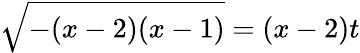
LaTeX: {\sqrt{-(x-2)(x-1)}}=(x-2)t